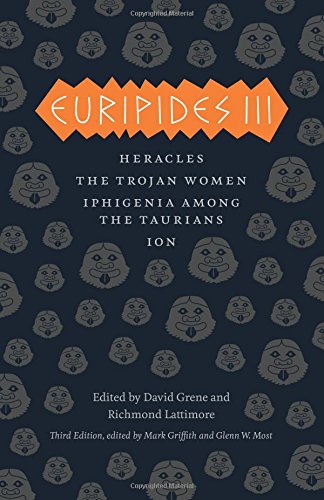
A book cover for Euripides III: Heracles, The Trojan Women, Iphigenia among the Taurians, Ion (The Complete Greek Tragedies); Euripides; Literature & Fiction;